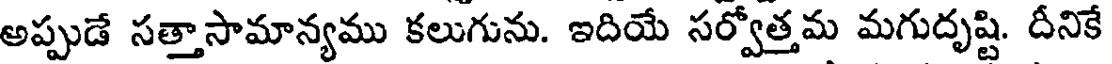
అప్పుడే సత్తాసామాన్యము కలుగును. ఇదియే సర్వోత్తమ మగుదృష్టి. దీనికే